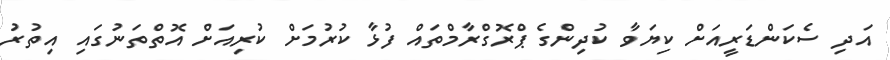
އަދި ސެކަންޑަރީއަށް ކިޔަވާ ކުދިންގެ ޕްރޮގްރާމްތައް ފުޅާ ކުރުމަށް ކުރިއަށް އޮތްތަނުގައި އިތުރު